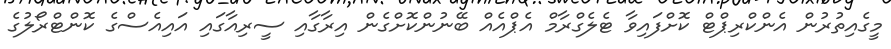
މީގެއިތުރުން އެންކްރިޕްޓް ކޮށްފައިވާ ޓެލެގްރާމް އެޕްއެއް ބޭނުންކޮށްގެން އިރާގާއި ސީރިއާގައި އައިއެސްގެ ކޮންޓްރޯލުގެ